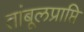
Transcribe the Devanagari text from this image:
तांबूलप्राप्ति